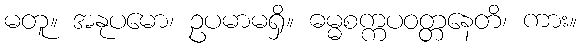
မတူ။ အနုပမော၊ ဥပမာမရှိ။ ဓမ္မစက္ကပဝတ္တနေတိ၊ ကား။